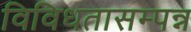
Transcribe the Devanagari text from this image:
विविधतासम्पन्न